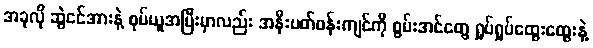
အခုလို ဆွဲငင်အားနဲ့ စုပ်ယူအပြီးမှာလည်း အနီးပတ်ဝန်းကျင်ကို စွမ်းအင်တွေ ရှုပ်ရှုပ်ထွေးထွေးနဲ့